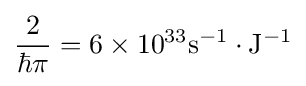
{\frac {2}{\hbar \pi }}=6\times 10^{33}\mathrm {s} ^{-1}\cdot \mathrm {J} ^{-1}